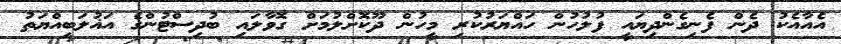
އެއާއެކު ދެން ފެނިގެންދިޔައީ ފުލުހުން ހައްޔަރުކުރި މީހުން ދޫކޮށްލުމަށް ގޮވާލައި ބުދިސްޓުންގެ އަޣުލަބިއްޔަތު